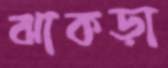
ঝাকড়া